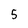
Character: 5